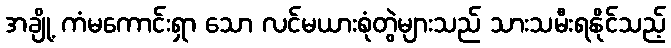
အချို့ ကံမကောင်းရှာ သော လင်မယားစုံတွဲများသည် သားသမီးရနိုင်သည့်